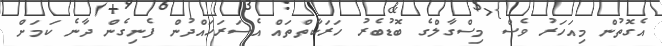
އެގޮތުން މިއަހަރު ވެސް މިސްގާލްގެ ބޮޑުބެރު ހަރަކާތްތައް އެސަރަހައްދުން ފެނިގެން ދާނެ ކަމަށް